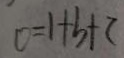
0 = 1 + b + c